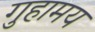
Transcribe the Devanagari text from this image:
गुहामय